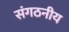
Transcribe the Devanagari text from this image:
संगठनीय